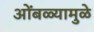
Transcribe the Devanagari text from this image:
ओंबळ्यामुळे